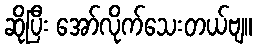
ဆိုပြီး အော်လိုက်သေးတယ်ဗျ။